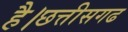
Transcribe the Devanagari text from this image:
है।छत्तीसगढ